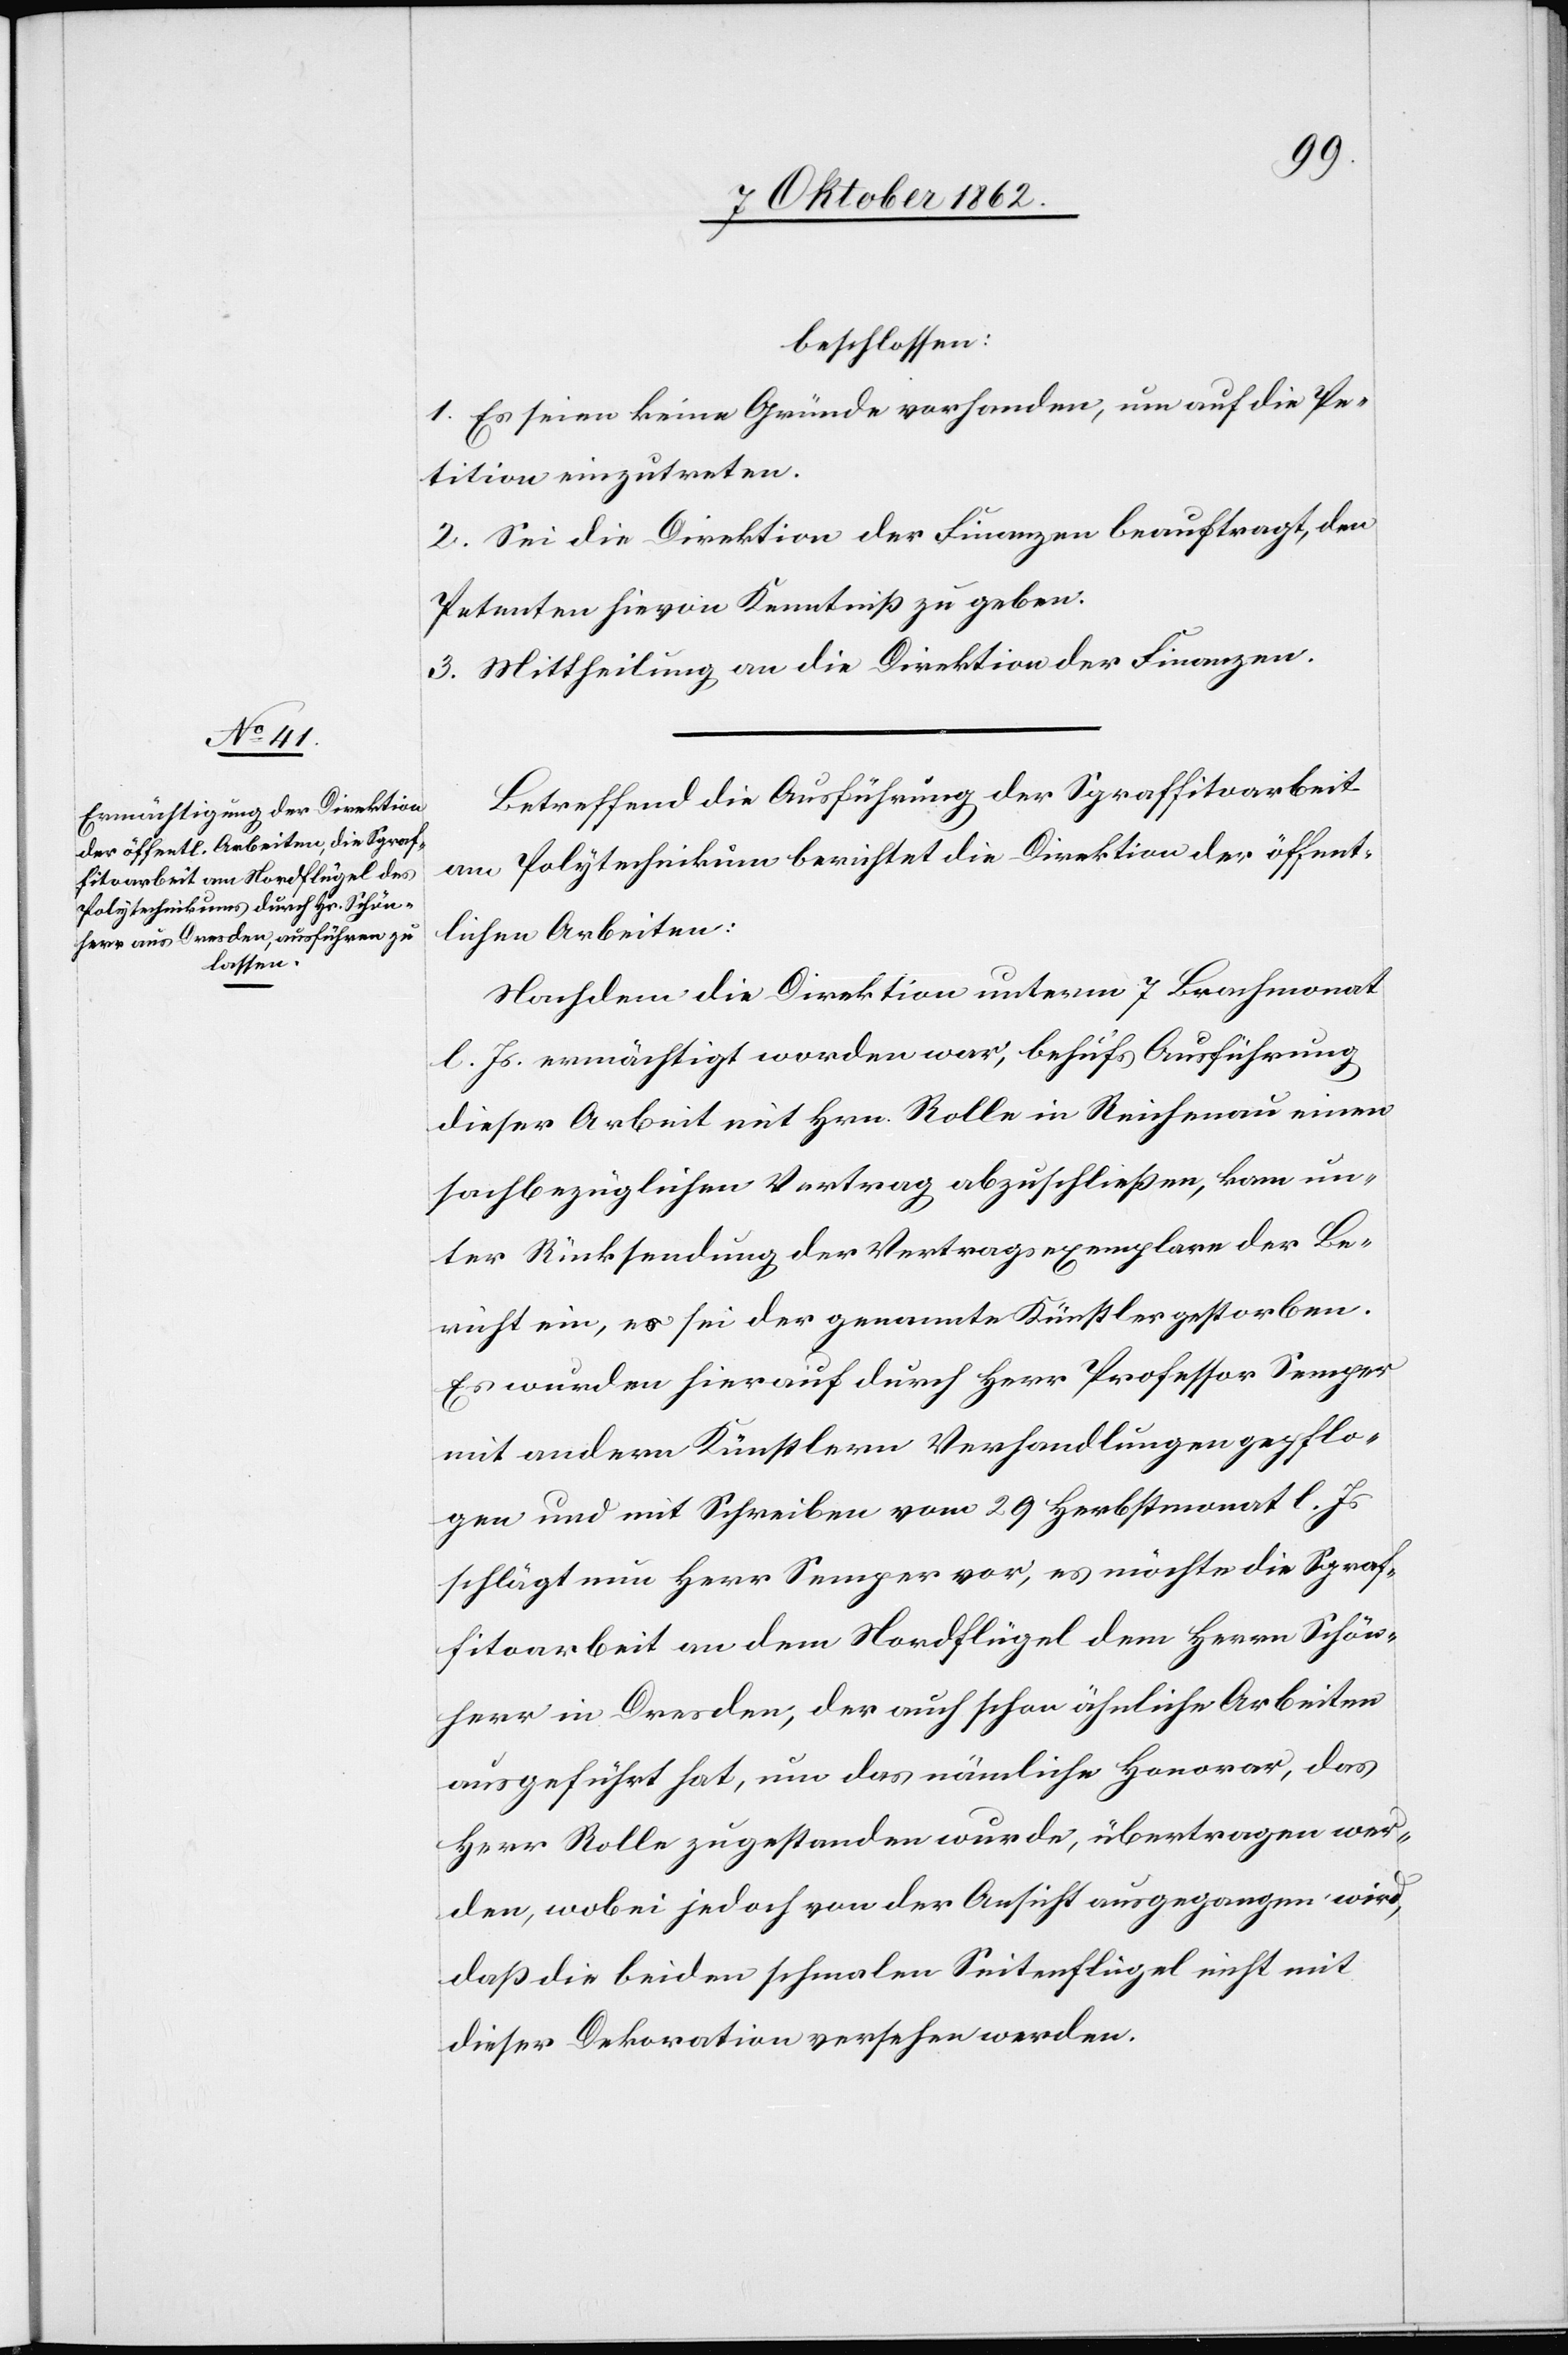
beschlossen:
1. Es seien keine Gründe vorhanden, um auf die Pe¬
tition einzutreten.
2. Sei die Direktion der Finanzen beauftragt, den
Petenten hievon Kenntniß zu geben.
3. Mittheilung an die Direktion der Finanzen.
Betreffend die Ausführung der Sgraffitoarbeit
am Polytechnikum berichtet die Direktion der öffent¬
lichen Arbeiten:
Nachdem die Direktion unterm 7. Brachmonat
l. Js. ermächtigt worden war, behufs Ausführung
dieser Arbeit mit Hrn. Rolle in Reichenau einen
sachbezüglichen Vertrag abzuschließen, kam un¬
ter Rücksendung der Vertragsexemplare der Be¬
richt ein, es sei der genannte Künstler gestorben.
Es wurden hierauf durch Herr Professor Semper
mit andern Künstlern Verhandlungen gepflo¬
gen und mit Schreiben vom 29. Herbstmonat l. Js.
schlägt nun Herr Semper vor, es möchte die Sgraf¬
fitoarbeit an dem Nordflügel dem Herrn Schön¬
herr in Dresden, der auch schon ähnliche Arbeiten
ausgeführt hat, um das nämliche Honorar, das
Herrn Rolle zugestanden wurde, übertragen wer¬
den, wobei jedoch von der Ansicht ausgegangen wird,
daß die beiden schmalen Seitenflügel nicht mit
dieser Dekoration versehen werden.